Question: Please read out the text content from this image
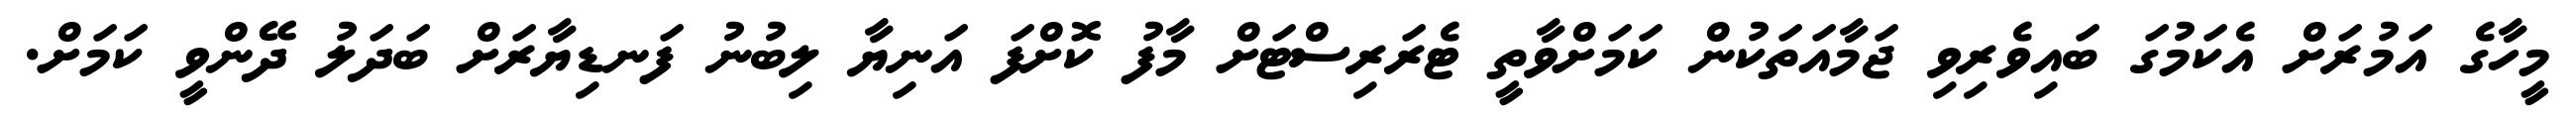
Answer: މީހާގެ އަމުރަށް އެކަމުގަ ބައިވެރިވި ޖަމާއަތަކުން ކަމަށްވާތީ ޓެރަރިސްޓަށް މާފު ކޮށްފަ އަނިޔާ ލިބުނު ފަނޑިޔާރަށް ބަދަލު ދޭންވީ ކަމަށް.